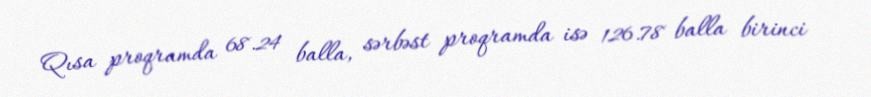
Qısa proqramda 68.24 balla, sərbəst proqramda isə 126.78 balla birinci